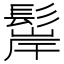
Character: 𩭢